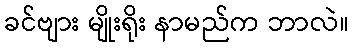
ခင်ဗျား မျိုးရိုး နာမည်က ဘာလဲ။